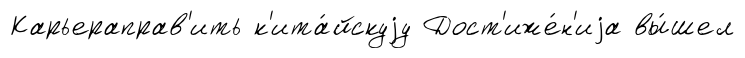
Карьераправ'ить к'ита́йскуjу Дост'иже́н'иjа вы́шел